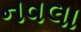
નવલા